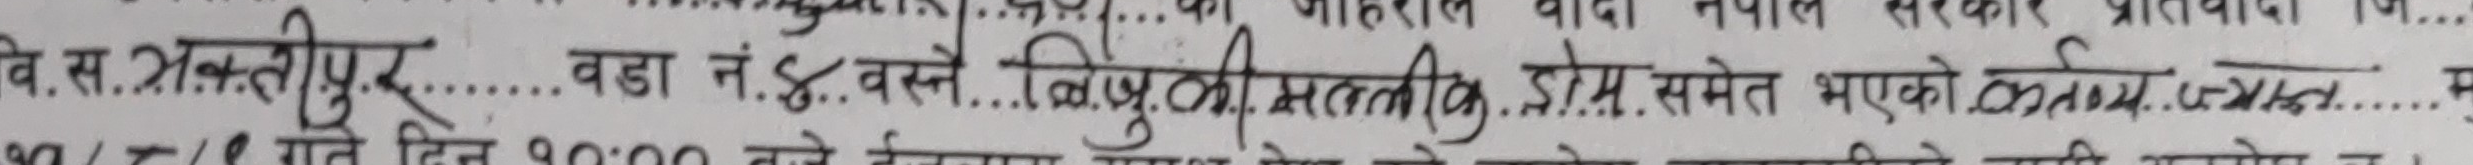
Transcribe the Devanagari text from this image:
वि.स. भक्तीपुर वडा नं.४. वस्ने बिजुकी मल्लीक होम. समेत भएको कर्तव्य ज्यान म